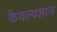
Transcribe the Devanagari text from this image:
कैवल्यज्ञान